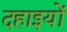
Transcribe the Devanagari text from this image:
दहाइयों